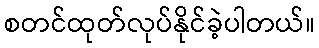
စတင်ထုတ်လုပ်နိုင်ခဲ့ပါတယ်။